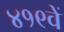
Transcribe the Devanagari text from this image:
४१९वें